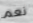
نعم